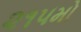
૨૧૫મો